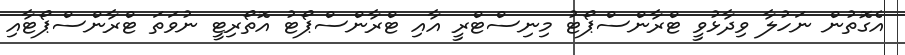
އެގޮތުން ނަހުލާ ވިދާޅުވީ ޓްރާންސްޕޯޓު މިނިސްޓްރީ އާއި ޓްރާންސްޕޯޓު އޮތޯރިޓީ ނުވަތަ ޓްރާންސްޕޯޓާއި